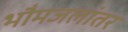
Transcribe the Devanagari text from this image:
भौमजलांतर